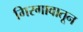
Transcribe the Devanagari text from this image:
गिरगावातून